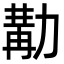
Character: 𠢉